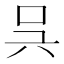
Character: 𠯵